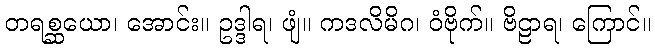
တရစ္ဆယော၊ အောင်း။ ဥဒ္ဒါရ၊ ဖျံ။ ကဒလိမိဂ၊ ဝံဗိုက်။ ဗိဠာရ၊ ကြောင်။